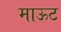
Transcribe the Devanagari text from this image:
माऊट